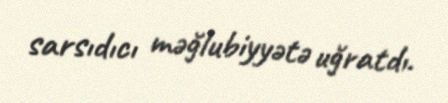
sarsıdıcı məğlubiyyətə uğratdı.